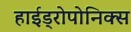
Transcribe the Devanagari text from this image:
हाईड्रोपोनिक्स